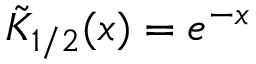
\tilde { K } _ { 1 / 2 } ( x ) = e ^ { - x }